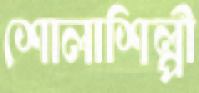
শোলাশিল্পী